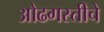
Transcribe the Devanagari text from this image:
ओढगस्तीचे